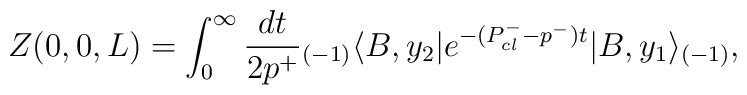
Z(0,0,L) = \int_0^\infty {dt\over 2p^+}{_{(-1)}\langle} B, y_2|  e^{-(P^-_{cl} -   p^-) t}| B, y_1\rangle_{ (-1)},